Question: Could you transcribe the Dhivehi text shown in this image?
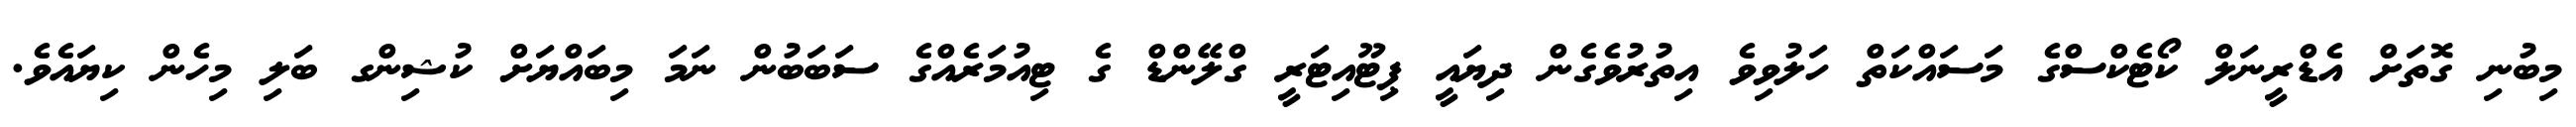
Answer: މިބުނި ގޮތަށް އެޑްރީނަލް ކޯޓެކްސްގެ މަސައްކަތް ހަލުވިވެ އިތުރުވެގެން ދިޔައީ ޕިޓޫއިޓަރީ ގްލޭންޑް ގެ ޓިއުމަރެއްގެ ސަބަބުން ނަމަ މިބައްޔަށް ކުޝިންގ ބަލި މިހެން ކިޔައެވެ.